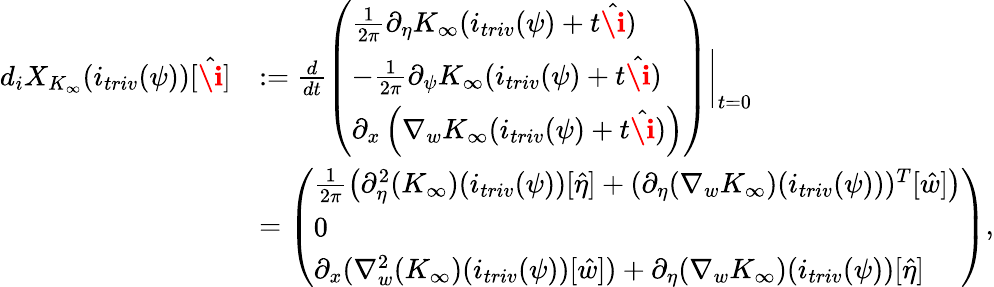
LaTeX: \begin{array}{rl}{d_{i}X_{K_{\infty}}(i_{triv}(\psi))[\hat{\textbf{\i}}]}&{:=\frac{d}{dt}\left(\begin{array}{l}{\frac{1}{2\pi}\partial_{\eta}K_{\infty}(i_{triv}(\psi)+t\hat{\textbf{\i}})}\\ {-\frac{1}{2\pi}\partial_{\psi}K_{\infty}(i_{triv}(\psi)+t\hat{\textbf{\i}})}\\ {\partial_{x}\left(\nabla_{w}K_{\infty}(i_{triv}(\psi)+t\hat{\textbf{\i}})\right)}\end{array}\right)\bigg|_{t=0}}\\ &{=\left(\begin{array}{l}{\frac{1}{2\pi}\left(\partial_{\eta}^{2}(K_{\infty})(i_{triv}(\psi))[\hat{\eta}]+(\partial_{\eta}(\nabla_{w}K_{\infty})(i_{triv}(\psi)))^{T}[\hat{w}]\right)}\\ {0}\\ {\partial_{x}(\nabla_{w}^{2}(K_{\infty})(i_{triv}(\psi))[\hat{w}])+\partial_{\eta}(\nabla_{w}K_{\infty})(i_{triv}(\psi))[\hat{\eta}]}\end{array}\right),}\end{array}